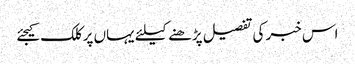
اس خبر کی تفصیل پڑھنے کیلئے یہاں پر کلک کیجئے